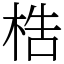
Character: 梏